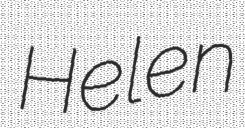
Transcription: Helen